Plague in India, 1896, 1897 - Volume 1
Year: 1896
Disease focus: Plague
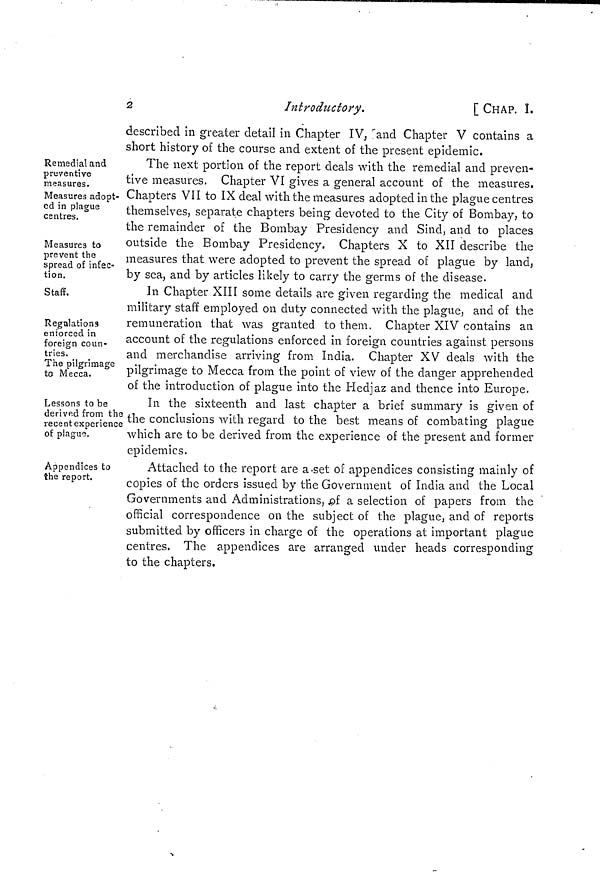
2
Introductory.
[ CHAP. 1.
described in greater detail in Chapter IV, and Chapter V contains a
short history of the course and extent of the present epidemic.
Remedial and
preventive
measures.
Measures adopt-
ed in plague
centres.
Measures to
prevent the
spread of infec-
tion.
The next portion of the report deals with the remedial and preven-
tive measures. Chapter VI gives a general account of the measures.
Chapters VII to IX deal with the measures adopted in the plague centres
themselves, separate chapters being devoted to the City of Bombay, to
the remainder of the Bombay Presidency and Sind, and to places
outside the Bombay Presidency. Chapters X to XII describe the
measures that were adopted to prevent the spread of plague by land,
by sea, and by articles likely to carry the germs of the disease.
Staff,
Regulations
enforced in
foreign coun-
tries.
The pilgrimage
to Mecca.
In Chapter XIII some details are given regarding the medical and
military staff employed on duty connected with the plague, and of the
remuneration that was granted to them, Chapter XIV contains an
account of the regulations enforced in foreign countries against persons
and merchandise arriving from India. Chapter XV deals with the
pilgrimage to Mecca from the point of view of the danger apprehended
of the introduction of plague into the Hedjaz and thence into Europe.
Lessons to be
derived from the
recent experience
of plague.
In the sixteenth and last chapter a brief summary is given of
the conclusions with regard to the best means of combating plague
which are to be derived from the experience of the present and former
epidemics.
Appendices to
the report.
Attached to the report are a set of appendices consisting mainly of
copies of the orders issued by the Government of India and the Local
Governments and Administrations, of a selection of papers from the
official correspondence on the subject of the plague, and of reports
submitted by officers in charge of the operations at important plague
centres. The appendices are arranged under heads corresponding
to the chapters.